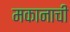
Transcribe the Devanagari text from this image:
मकानाची